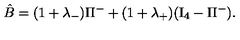
\hat { B } = ( 1 + \lambda _ { - } ) \Pi ^ { - } + ( 1 + \lambda _ { + } ) ( \mathrm { I } _ { 4 } - \Pi ^ { - } ) .